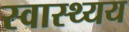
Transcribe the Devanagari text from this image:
स्वास्थ्यय